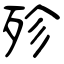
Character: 殄